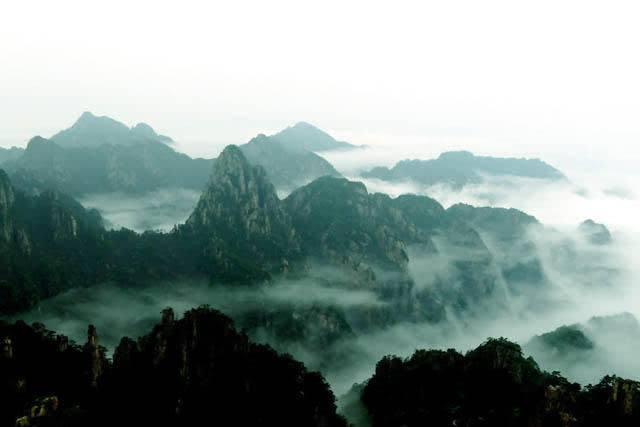
追亡事今不见，但山川满目泪沾衣。